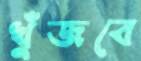
খুঁজবে